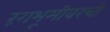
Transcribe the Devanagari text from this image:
रंगभूमीवरची